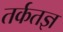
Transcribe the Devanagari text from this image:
तर्कतज्ञ